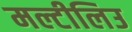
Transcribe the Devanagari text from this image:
मल्टीलिउ